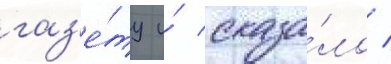
газ'е́ту и́ сказа́ло /